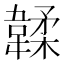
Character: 韖